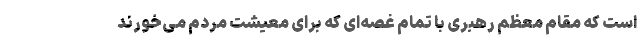
است که مقام معظم رهبری با تمام غصه‌ای که برای معیشت مردم می‌خورند